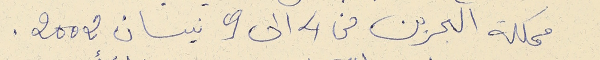
مملكة البحرين من 4 الى 9 نيسان 2002.